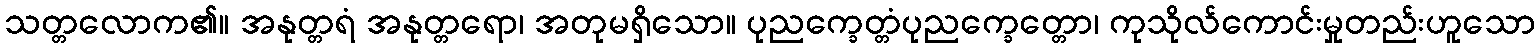
သတ္တလောက၏။ အနုတ္တရံ အနုတ္တရော၊ အတုမရှိသော။ ပုညက္ခေတ္တံပုညက္ခေတ္တော၊ ကုသိုလ်ကောင်းမှုတည်းဟူသော